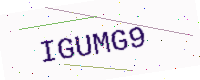
Text: IGUMG9